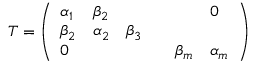
T = { \left( \begin{array} { l l l l l l } { \alpha _ { 1 } } & { \beta _ { 2 } } & { } & { } & { } & { 0 } \\ { \beta _ { 2 } } & { \alpha _ { 2 } } & { \beta _ { 3 } } & { } & { } & { } \\ { 0 } & { } & { } & { } & { \beta _ { m } } & { \alpha _ { m } } \end{array} \right) }